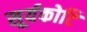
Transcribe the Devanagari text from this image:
सूर्यकोटि